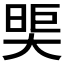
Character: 𪥖